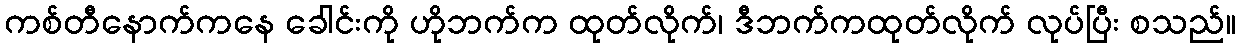
ကစ်တီနောက်ကနေ ခေါင်းကို ဟိုဘက်က ထုတ်လိုက်၊ ဒီဘက်ကထုတ်လိုက် လုပ်ပြီး စသည်။